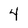
Character: 4